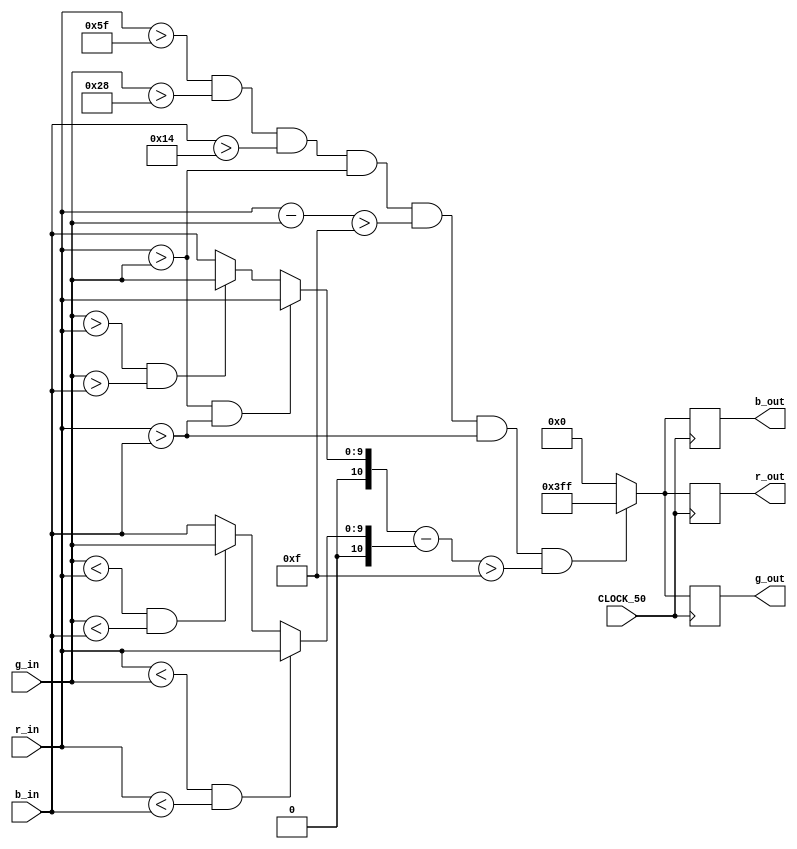
module testSkin(CLOCK_50, r_in, g_in, b_in, r_out, g_out, b_out);

	input CLOCK_50;
	input [9:0] r_in, g_in, b_in;
	output reg [9:0] r_out, g_out, b_out;	
	reg [10:0] max, min;
	always@(*)
		begin
			if(r_in > g_in && r_in > b_in)max = r_in;
			else if(g_in > r_in && g_in > b_in)max = g_in;
			else /*if(b_in > r_in && b_in > g_in)*/ max = b_in;
			if(r_in < g_in && r_in < b_in)min = r_in;
			else if(g_in < r_in && g_in < b_in)min = g_in;
			else /*if(b_in < r_in && b_in < g_in)*/min = b_in;	
		end
		
	always@(posedge CLOCK_50)
		begin		
			if(r_in>10'd95 && g_in>10'd40 && b_in>10'd20 && r_in > g_in && r_in-g_in >10'd15 && r_in > b_in && (max-min)>10'd15)
				begin
					r_out <= 10'b1111111111;
					g_out <= 10'b1111111111;
					b_out <= 10'b1111111111;
				end
			else
				begin
					r_out <= 10'b0000000000;
					g_out <= 10'b0000000000;
					b_out <= 10'b0000000000;
				end
		end
		
endmodule